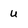
Character: u